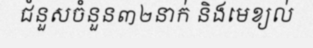
ជំនួសចំនួន៣២នាក់ និងមេខ្យល់